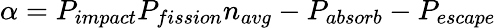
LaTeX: \alpha=P_{impact}P_{fission}n_{avg}-P_{absorb}-P_{escape}